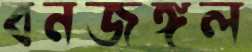
বনজঙ্গল